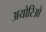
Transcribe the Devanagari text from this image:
अयोरिओ